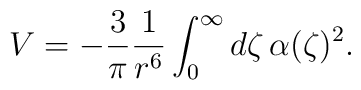
V=-{3\over\pi}{1\over r^6}\int_0^\infty d\zeta\,\alpha(\zeta)^2,